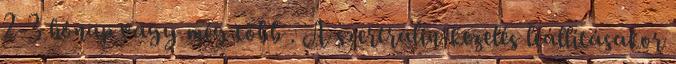
2-3 hónap vagy még több . A szertralin-kezelés leállításakor